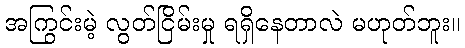
အကြွင်းမဲ့ လွတ်ငြိမ်းမှု ရရှိနေတာလဲ မဟုတ်ဘူး။